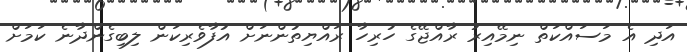
އަދި އެ މަސައްކަތް ނިމޭއިރު ރާއްޖޭގެ ހުރިހާ ރައްޔިތުންނަށް އުފާވެރިކަން ލިބިގެންދާނެ ކަމަށް